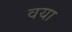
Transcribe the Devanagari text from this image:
वया